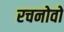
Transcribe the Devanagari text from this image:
रचनोवो